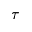
\tau